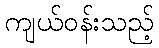
ကျယ်ဝန်းသည့်